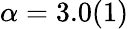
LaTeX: \alpha=3.0(1)